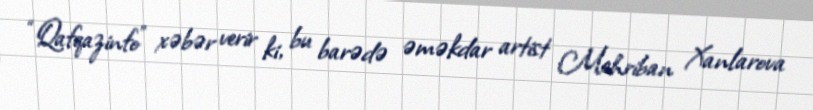
“Qafqazinfo” xəbər verir ki, bu barədə əməkdar artist Mehriban Xanlarova